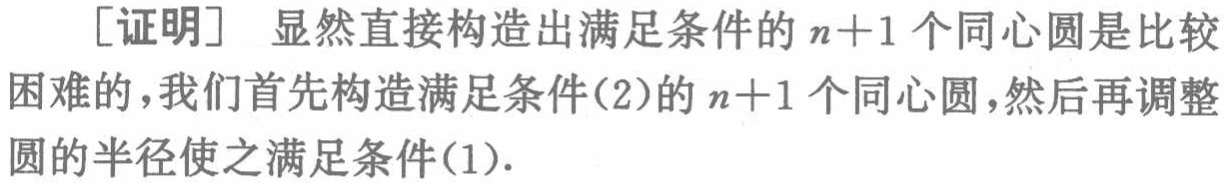
[证明] 显然直接构造出满足条件的 \(n + 1\) 个同心圆是比较困难的，我们首先构造满足条件(2)的 \(n + 1\) 个同心圆，然后再调整圆的半径使之满足条件(1).